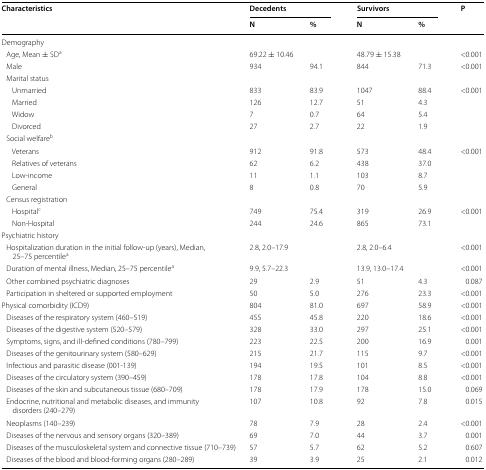
<table><thead><tr><td rowspan="2"><b>Characteristics</b></td><td colspan="2"><b>Decedents</b></td><td colspan="2"><b>Survivors</b></td><td rowspan="2"><b>P</b></td></tr><tr><td><b>N</b></td><td><b>%</b></td><td><b>N</b></td><td><b>%</b></td></tr></thead><tbody><tr><td colspan="6">Demography</td></tr><tr><td> Age, Mean ± SD<sup>a</sup></td><td colspan="2">69.22 ± 10.46</td><td colspan="2">48.79 ± 15.38</td><td>&lt;0.001</td></tr><tr><td> Male</td><td>934</td><td>94.1</td><td>844</td><td>71.3</td><td>&lt;0.001</td></tr><tr><td colspan="6"> Marital status</td></tr><tr><td>Unmarried</td><td>833</td><td>83.9</td><td>1047</td><td>88.4</td><td rowspan="4">&lt;0.001</td></tr><tr><td>Married</td><td>126</td><td>12.7</td><td>51</td><td>4.3</td></tr><tr><td>Widow</td><td>7</td><td>0.7</td><td>64</td><td>5.4</td></tr><tr><td>Divorced</td><td>27</td><td>2.7</td><td>22</td><td>1.9</td></tr><tr><td colspan="6"> Social welfare<sup>b</sup></td></tr><tr><td>Veterans</td><td>912</td><td>91.8</td><td>573</td><td>48.4</td><td rowspan="4">&lt;0.001</td></tr><tr><td>Relatives of veterans</td><td>62</td><td>6.2</td><td>438</td><td>37.0</td></tr><tr><td>Low-income</td><td>11</td><td>1.1</td><td>103</td><td>8.7</td></tr><tr><td>General</td><td>8</td><td>0.8</td><td>70</td><td>5.9</td></tr><tr><td colspan="6"> Census registration</td></tr><tr><td>Hospital<sup>c</sup></td><td>749</td><td>75.4</td><td>319</td><td>26.9</td><td rowspan="2">&lt;0.001</td></tr><tr><td>Non-Hospital</td><td>244</td><td>24.6</td><td>865</td><td>73.1</td></tr><tr><td colspan="6">Psychiatric history</td></tr><tr><td> Hospitalization duration in the initial follow-up (years), Median, 25–75 percentile<sup>a</sup></td><td colspan="2">2.8, 2.0–17.9</td><td colspan="2">2.8, 2.0–6.4</td><td>&lt;0.001</td></tr><tr><td> Duration of mental illness, Median, 25–75 percentile<sup>a</sup></td><td colspan="2">9.9, 5.7–22.3</td><td colspan="2">13.9, 13.0–17.4</td><td>&lt;0.001</td></tr><tr><td> Other combined psychiatric diagnoses</td><td>29</td><td>2.9</td><td>51</td><td>4.3</td><td>0.087</td></tr><tr><td> Participation in sheltered or supported employment</td><td>50</td><td>5.0</td><td>276</td><td>23.3</td><td>&lt;0.001</td></tr><tr><td>Physical comorbidity (ICD9)</td><td>804</td><td>81.0</td><td>697</td><td>58.9</td><td>&lt;0.001</td></tr><tr><td> Diseases of the respiratory system (460–519)</td><td>455</td><td>45.8</td><td>220</td><td>18.6</td><td>&lt;0.001</td></tr><tr><td> Diseases of the digestive system (520–579)</td><td>328</td><td>33.0</td><td>297</td><td>25.1</td><td>&lt;0.001</td></tr><tr><td> Symptoms, signs, and ill-defined conditions (780–799)</td><td>223</td><td>22.5</td><td>200</td><td>16.9</td><td>0.001</td></tr><tr><td> Diseases of the genitourinary system (580–629)</td><td>215</td><td>21.7</td><td>115</td><td>9.7</td><td>&lt;0.001</td></tr><tr><td> Infectious and parasitic disease (001-139)</td><td>194</td><td>19.5</td><td>101</td><td>8.5</td><td>&lt;0.001</td></tr><tr><td> Diseases of the circulatory system (390–459)</td><td>178</td><td>17.8</td><td>104</td><td>8.8</td><td>&lt;0.001</td></tr><tr><td> Diseases of the skin and subcutaneous tissue (680–709)</td><td>178</td><td>17.9</td><td>178</td><td>15.0</td><td>0.069</td></tr><tr><td> Endocrine, nutritional and metabolic diseases, and immunity disorders (240–279)</td><td>107</td><td>10.8</td><td>92</td><td>7.8</td><td>0.015</td></tr><tr><td> Neoplasms (140–239)</td><td>78</td><td>7.9</td><td>28</td><td>2.4</td><td>&lt;0.001</td></tr><tr><td> Diseases of the nervous and sensory organs (320–389)</td><td>69</td><td>7.0</td><td>44</td><td>3.7</td><td>0.001</td></tr><tr><td> Diseases of the musculoskeletal system and connective tissue (710–739)</td><td>57</td><td>5.7</td><td>62</td><td>5.2</td><td>0.607</td></tr><tr><td> Diseases of the blood and blood-forming organs (280–289)</td><td>39</td><td>3.9</td><td>25</td><td>2.1</td><td>0.012</td></tr></tbody></table>